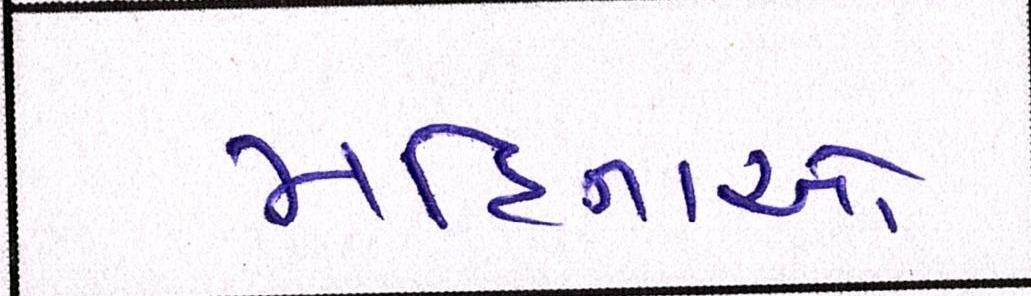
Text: મહિનાઓ